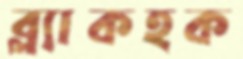
ব্ল্যাকহক